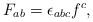
LaTeX: \begin{align*}F_{ab}=\epsilon_{abc}f^c,\end{align*}